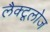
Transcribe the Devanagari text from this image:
लैक्टूलोज